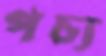
পচ্য